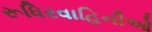
રૂધિરવાહિનીઓ